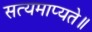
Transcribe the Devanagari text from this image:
सत्यमाप्यते॥